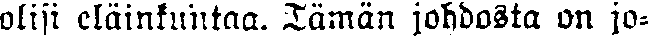
olisi eläinkuntaa. Tämän johdosta on jo-